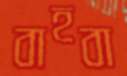
বাহবা